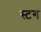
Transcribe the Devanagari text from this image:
स्टग